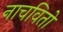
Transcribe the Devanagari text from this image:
नाचवितो